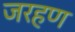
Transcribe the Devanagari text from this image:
जरहण